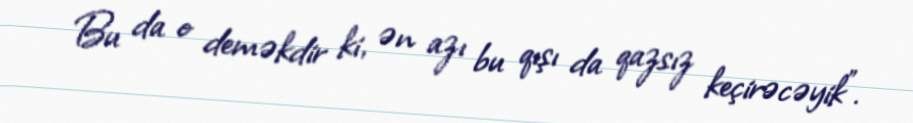
Bu da o deməkdir ki, ən azı bu qışı da qazsız keçirəcəyik”.